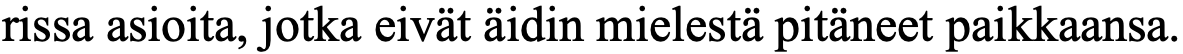
rissa asioita, jotka eivät äidin mielestä pitäneet paikkaansa.